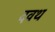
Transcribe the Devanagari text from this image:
दवथ